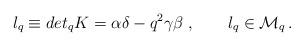
LaTeX: \begin{align*}l_{q} \equiv det_qK = \alpha \delta - q^{2} \gamma \beta \;,\qquad l_{q} \in {\cal M}_{q}\,.\end{align*}